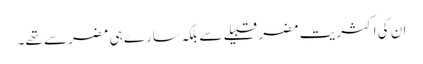
ان کی اکثریت مضر قبیلے سے بلکہ سارے ہی مضر سے تھے۔